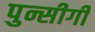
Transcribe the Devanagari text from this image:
पुन्सीगी